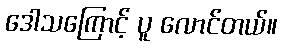
ဒေါသကြောင့် ပူ လောင်တယ်။